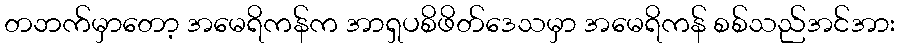
တဘက်မှာတော့ အမေရိကန်က အာရှပစိဖိတ်ဒေသမှာ အမေရိကန် စစ်သည်အင်အား